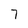
Character: 7